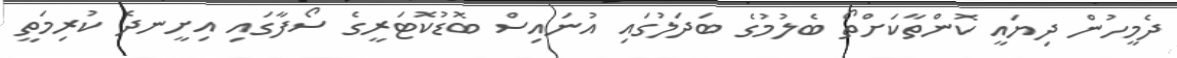
ދެމީހުން ދިޔައީ ކޮންތާކަށްތޯ ބެލުމުގެ ބަދަލުގައި އުނައިސް ބޮޑުކޮޓަރީގެ ސޯފާގައި އިށީނދެ ކުރިމަތީ